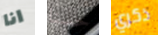
انا حسنا ذكري